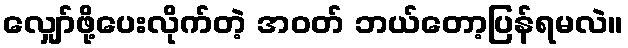
လျှော်ဖို့ပေးလိုက်တဲ့ အဝတ် ဘယ်တော့ပြန်ရမလဲ။